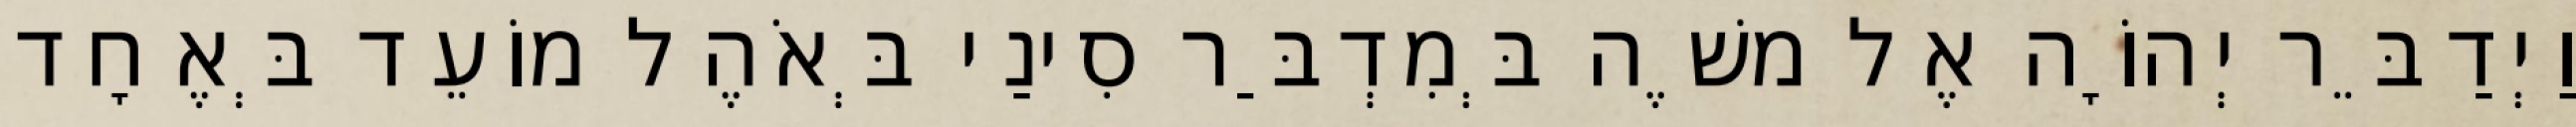
וַיְדַבֵּר יְהוָֹה אֶל משֶׁה בְּמִדְבַּר סִינַי בְּאֹהֶל מוֹעֵד בְּאֶחָד